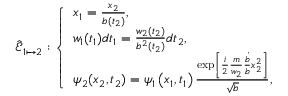
\hat { \mathcal { E } } _ { 1 \mapsto 2 } : \left\{ \begin{array} { l l } { x _ { 1 } = \frac { x _ { 2 } } { b ( t _ { 2 } ) } , } \\ { w _ { 1 } ( t _ { 1 } ) d t _ { 1 } = \frac { w _ { 2 } ( t _ { 2 } ) } { b ^ { 2 } ( t _ { 2 } ) } d t _ { 2 } , } \\ { \psi _ { 2 } ( x _ { 2 } , t _ { 2 } ) = \psi _ { 1 } \left( x _ { 1 } , t _ { 1 } \right) \frac { \exp \left[ { \frac { i } { 2 } \frac { m } { w _ { 2 } } \frac { \dot { b } } { b } x _ { 2 } ^ { 2 } } \right] } { \sqrt { b } } , } \end{array} \right.